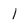
Character: 1